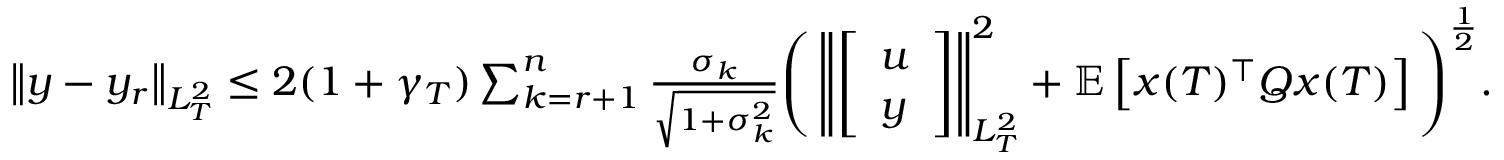
\begin{array} { r } { \left\| y - y _ { r } \right\| _ { L _ { T } ^ { 2 } } \leq 2 ( 1 + \gamma _ { T } ) \sum _ { k = r + 1 } ^ { n } \frac { \sigma _ { k } } { \sqrt { 1 + \sigma _ { k } ^ { 2 } } } \Bigg ( \left\| \left[ \begin{array} { l } { u } \\ { y } \end{array} \right] \right\| _ { L _ { T } ^ { 2 } } ^ { 2 } + \mathbb E \left[ x ( T ) ^ { \top } Q x ( T ) \right] \Bigg ) ^ { \frac { 1 } { 2 } } . } \end{array}